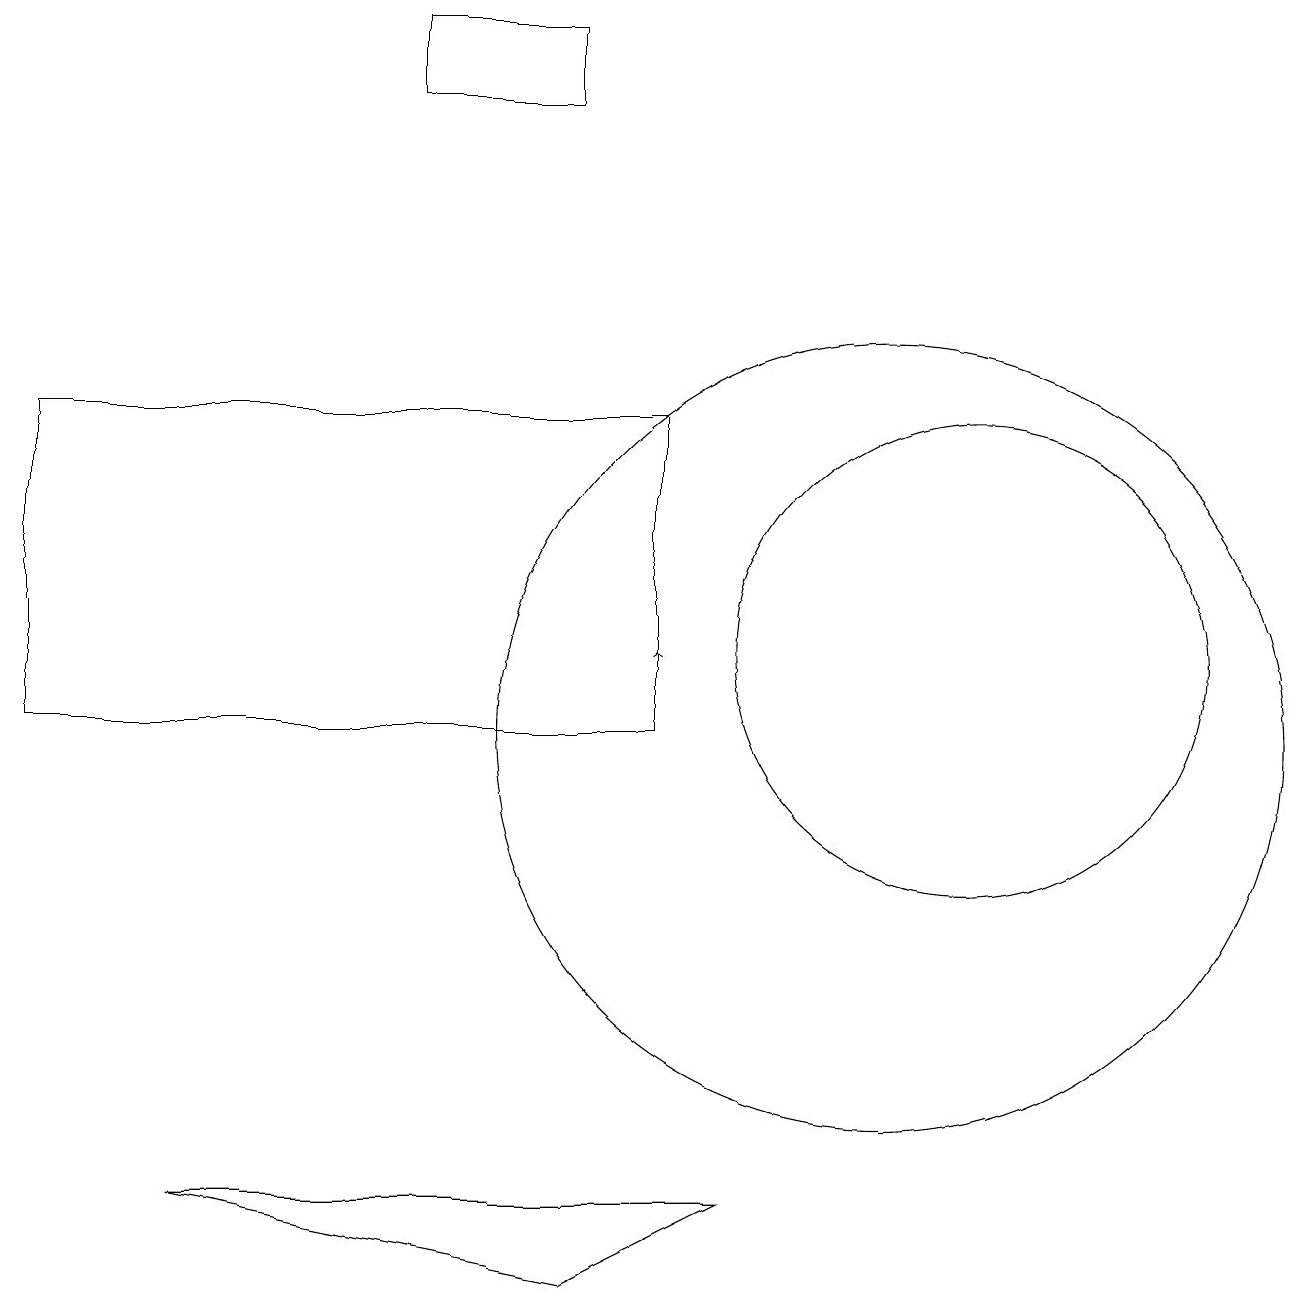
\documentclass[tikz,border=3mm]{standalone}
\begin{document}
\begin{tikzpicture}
\draw (11,10) circle (5);
\draw (7,3) -- (2,4) -- (9,4) -- cycle;
\draw (12,11) circle (3);
\draw[->] (8,11) -- (8,11);
\draw (5,18) rectangle (7,19);
\draw (0,14) rectangle (8,10);
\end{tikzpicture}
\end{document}